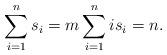
LaTeX: \begin{align*}\sum_{i=1}^n s_i=m \sum_{i=1}^n is_i=n .\end{align*}